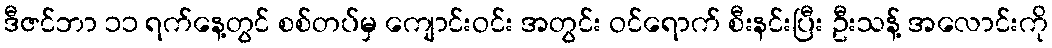
ဒီဇင်ဘာ ၁၁ ရက်နေ့တွင် စစ်တပ်မှ ကျောင်းဝင်း အတွင်း ဝင်ရောက် စီးနင်းပြီး ဦးသန့် အလောင်းကို